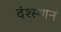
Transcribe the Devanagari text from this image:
दंश्स्थान